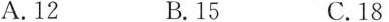
A.12 B.15 C.18